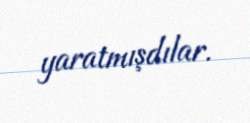
yaratmışdılar.